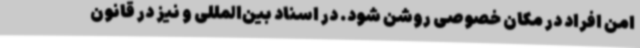
امن افراد در مکان خصوصی روشن شود. در اسناد بین‌المللی و نیز در قانون